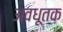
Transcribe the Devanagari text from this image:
अवधूतक